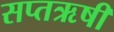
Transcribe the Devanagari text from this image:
सप्तऋषी